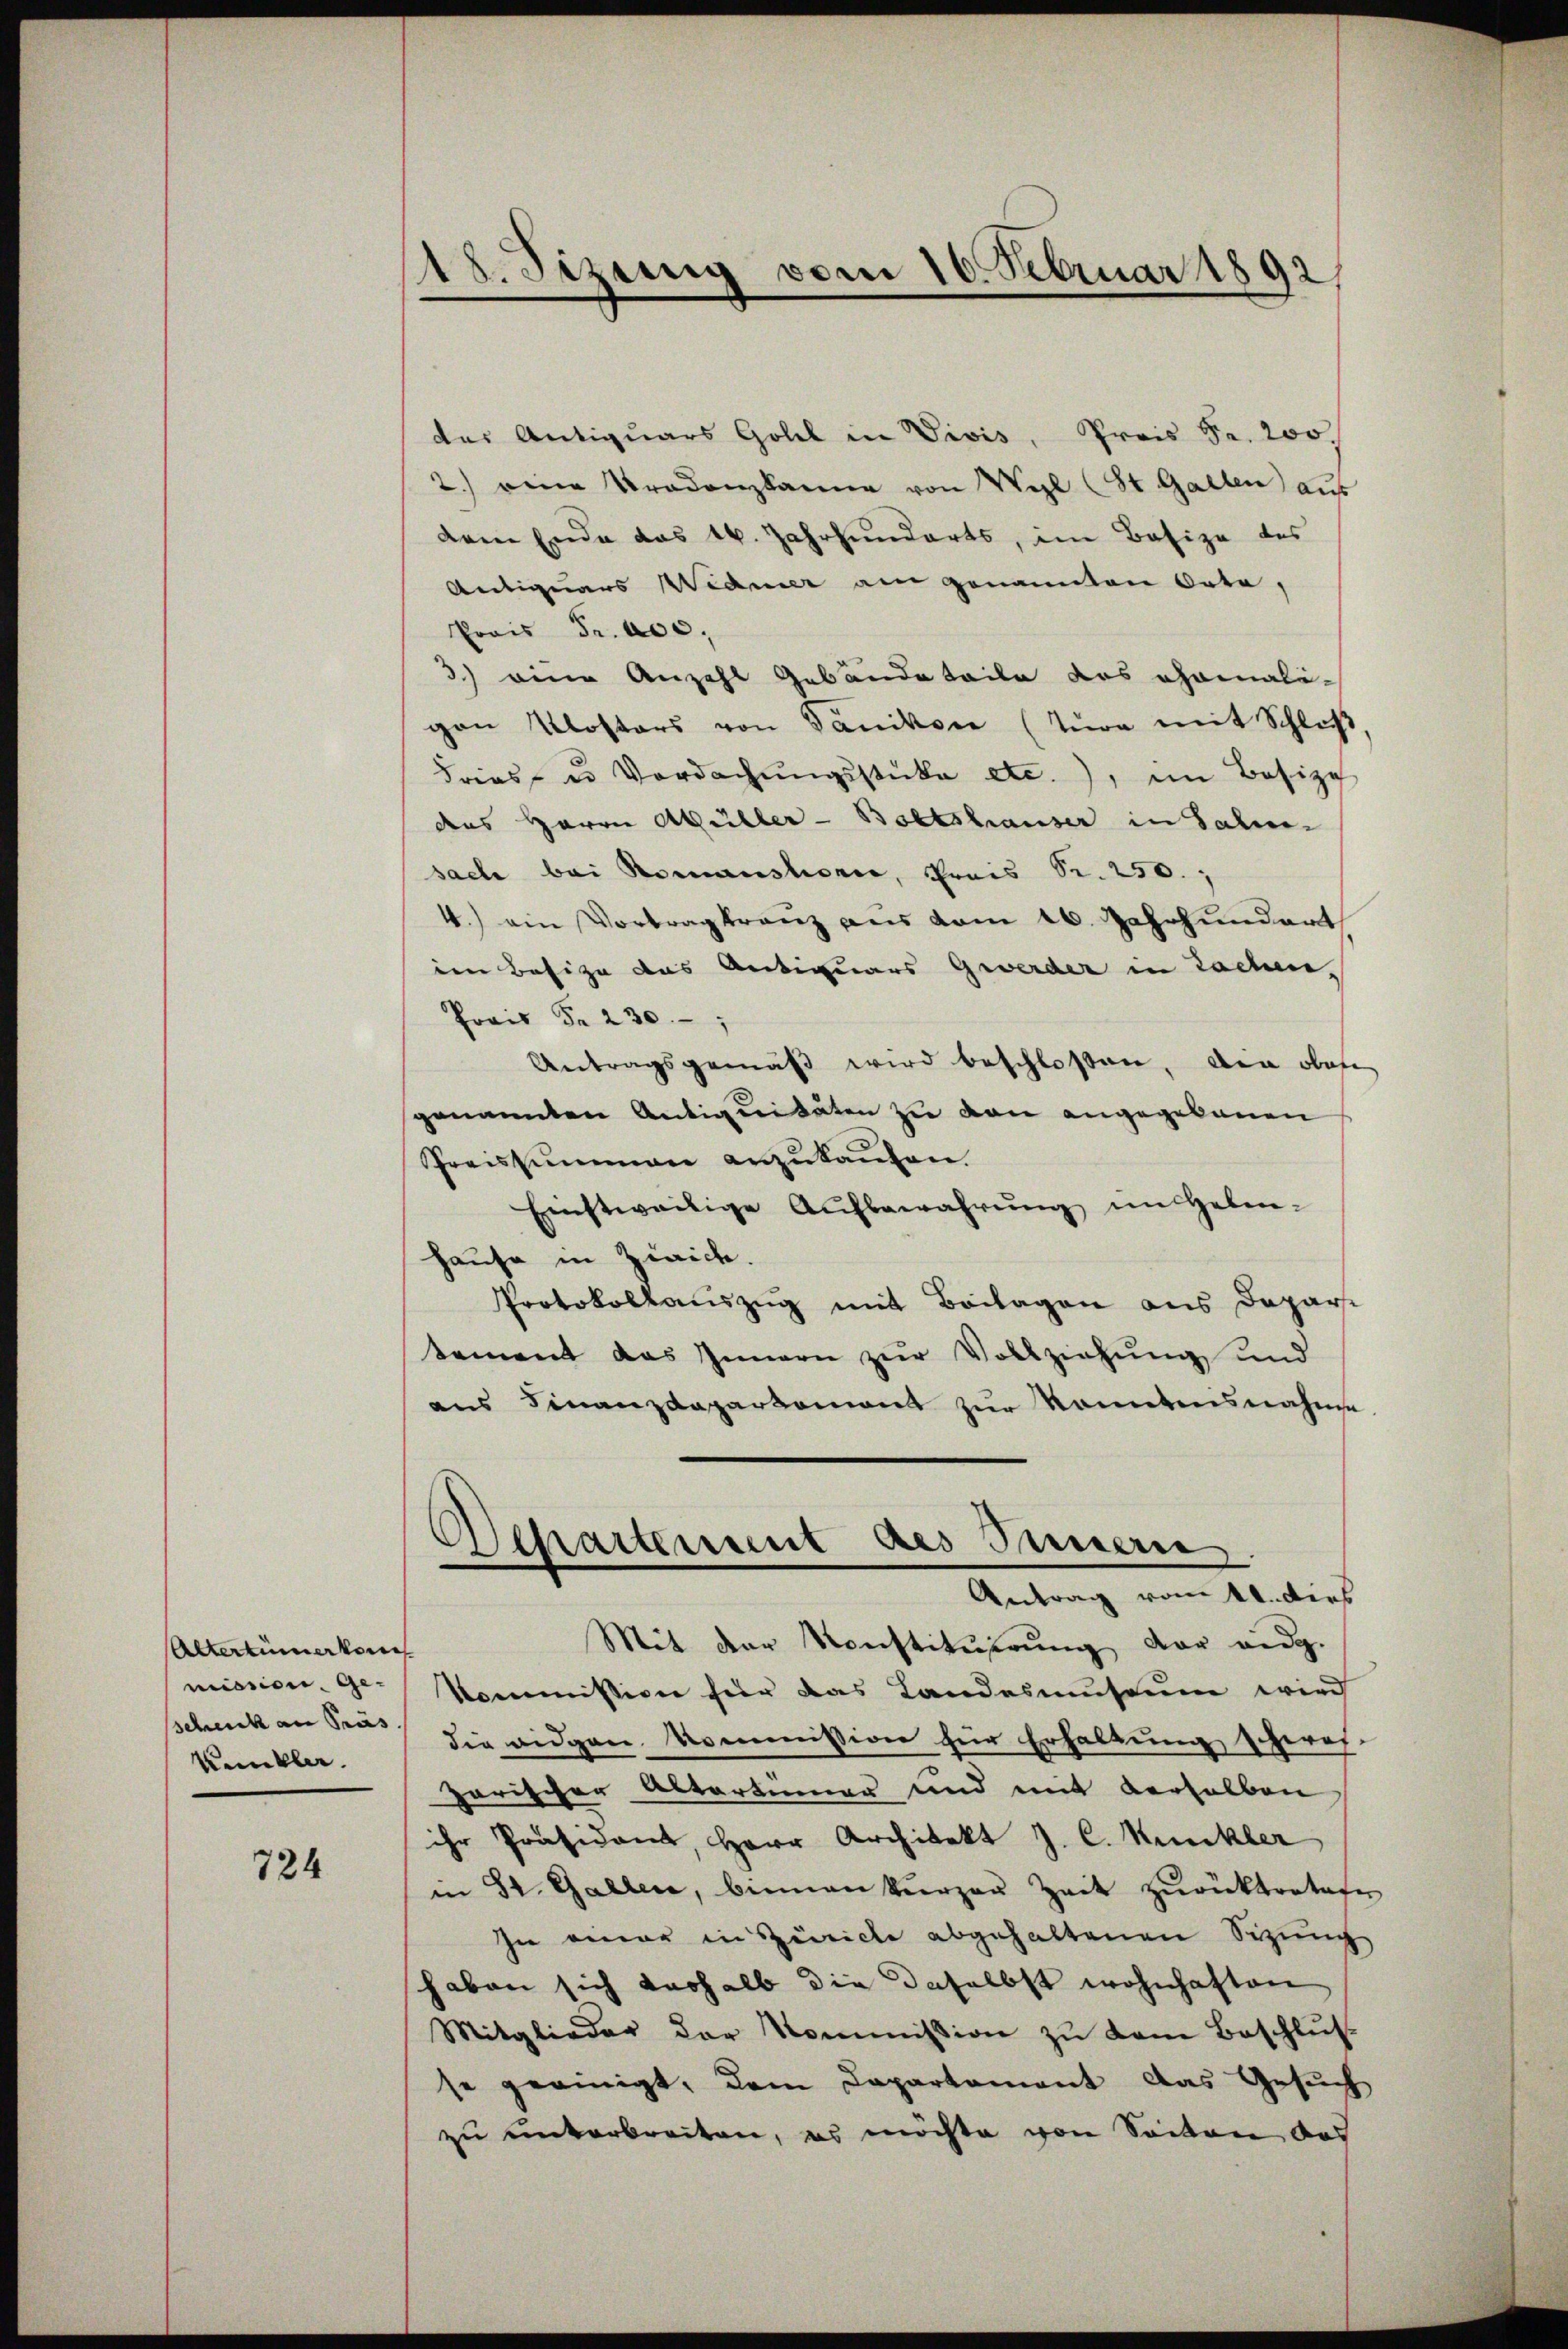
Altertümerkenn
mission ge-
scheick an Präs.
Kunkler.

724

18. Sizung vom 16. Februar 1892

des Antiquars Goll in Vivis, Preis Fr. 200.
2.) eine Prodenzkanne von Wyl (St. Gallen aus
dem Ende das 16. Jahrhunderts, im Besize des
Antiquars WWedner am genannten Orte,
Prois Fr. 200,
3.) eine Anzahl Gebäudetaile das ehemaligan Klosters von Panikon (Tura mit Schluß
Fries, u. Verdachŭngsstüke etc.), im Besize
des Herrn Müller-Boltshauser in Jahre
sache bei Romansterie, Preis Sr. 250.
4.) ein Vortrag kranz aus vom 16. Jahrhundert
den Besize das Antiquars Gewerder in Lochen,
Prais Fr. 230.
Antragsgemäß wird beschlossen, die oben
genannten Antiquitäten zu von angegebenen
Preissummen anzukanten.
Einstweilige Aŭfbewahrŭng im Geben-
Hause in Zwaide.
Protokollauszug mit Beilagen aus Depari
tement das Innern zur Vollziehung und
aus Finanzdepartemont zur konntensnahme
Departement des Innern.
Antrag vom 11. dies
Mit der Konstitŭierŭng der eidg.
Kommission für das Landasmuseum wird
die eidgen. Kommission für Erhaltung scheres
garischer Altartinner und mit derselben
ihr Präsidant, Herr Architekt J. C. Kunkler
in St. Gallen, binnen kurzer Zeit zurücktratafe
In einer in Zürich abgehaltenen Sizung
haben sich verhalb die daselbst wohnhaften
Mitglieder der Kommission zu dem Beschlus
se geeinigt, dem Capartement das Gesuch
zu unterbreiten, es möchte von Seiten des